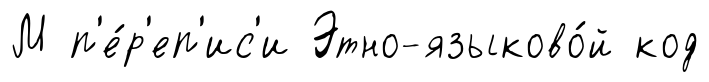
М п'е́р'еп'ис'и Этно-языково́й код